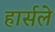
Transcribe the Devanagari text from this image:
हार्सले